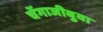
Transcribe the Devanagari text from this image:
चेंगाजीबुवा